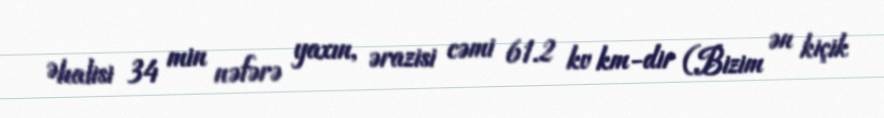
Əhalisi 34 min nəfərə yaxın, ərazisi cəmi 61.2 kv km-dir (Bizim ən kiçik